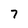
Character: 7